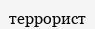
террорист